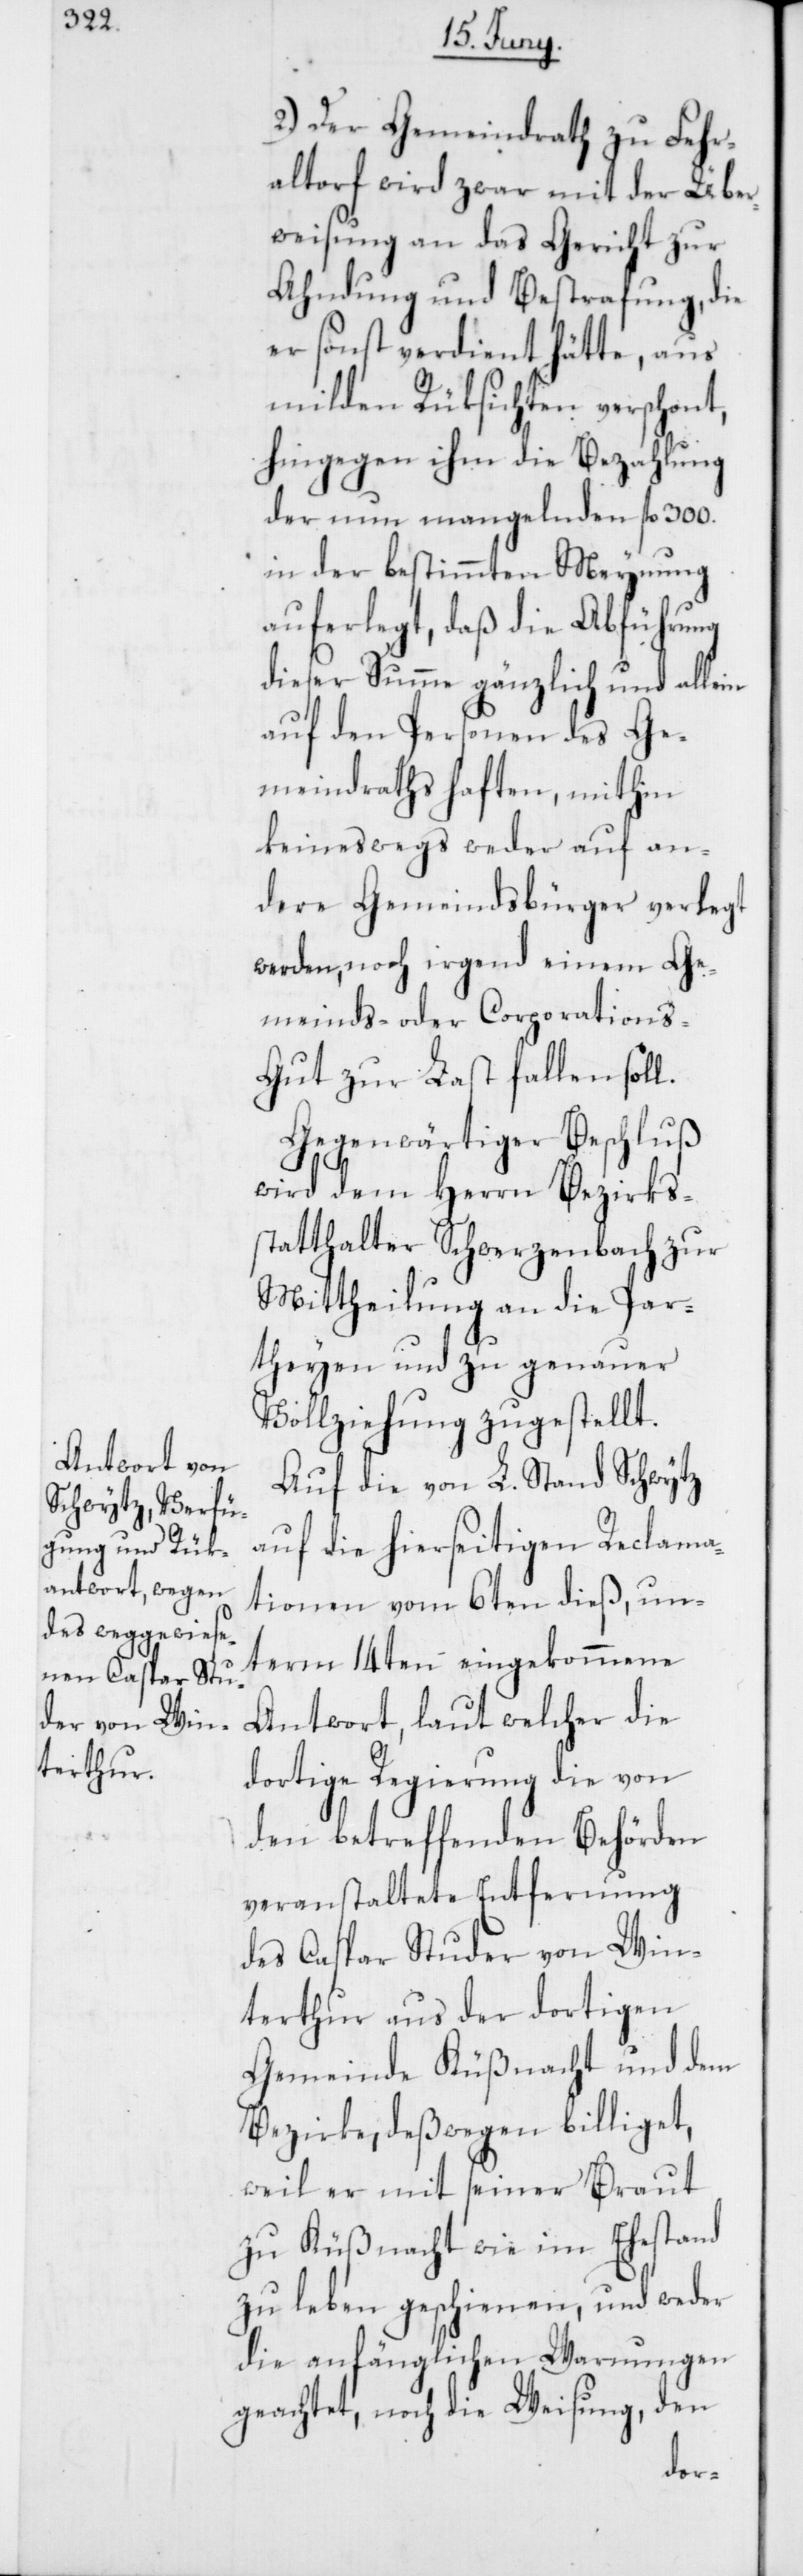
2.) Der Gemeindrath zu Fehr¬
altorf wird zwar mit der Über¬
weisung an das Gericht zur
Ahndung und Bestrafung, die
er sonst verdient hätte, aus
milden Rüksichten verschont,
hingegen ihm die Bezahlung
der nun mangelnden fl. 300.
in der bestimmten Meynung
auferlegt, daß die Abführung
dieser Summe gänzlich und allein
auf den Personen des Ge¬
meindraths haften, mithin
keineswegs weder auf an¬
dere Gemeindsbürger verlegt
werden, noch irgend einem Ge¬
meinds- oder Corporation¬
s-Gut zur Last fallen soll.
Gegenwärtiger Beschluß
wird dem Herrn Bezirks¬
statthalter Schwerzenbach zur
Mittheilung an die Par¬
theyen und zu genauer
Vollziehung zugestellt.
Auf die von L. Stand Schwytz
auf die hierseitigen Reclama¬
tionen vom 6ten dieß, un¬
term 14ten eingekommene
Antwort, laut welcher die
dortige Regierung die von
den betreffenden Behörden
veranstaltete Entfernung
des Caspar Studer von Win¬
terthur aus der dortigen
Gemeinde Küßnacht und dem
Bezirke, deßwegen billiget,
weil er mit seiner Braut
zu Küßnacht wie im Ehestand
zu leben geschienen, und weder
die anfänglichen Warnungen
geachtet, noch die Weisung, den